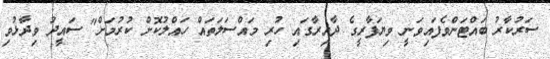
ސަރުކާރު ބައްޓަންވެފައިވަނީ ވިޔަފާރީގެ ދާއިރާގައި ހުރި މައްސަލަތައް ހައްލުކޮށް ކުރުމަށް" ސައީދު ވިދާޅުވި